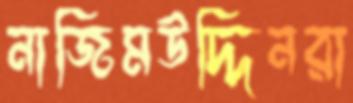
নাজিমউদ্দিনরা